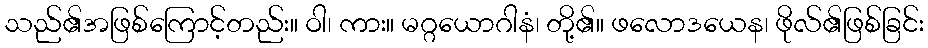
သည်၏အဖြစ်ကြောင့်တည်း။ ဝါ၊ ကား။ မဂ္ဂယောဂါနံ၊ တို့၏။ ဖလောဒယေန၊ ဖိုလ်၏ဖြစ်ခြင်း